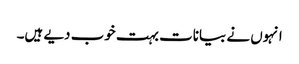
انہوں نے بیانات بہت خوب دیے ہیں۔